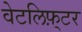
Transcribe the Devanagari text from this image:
वेटलिफ़्टर